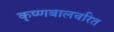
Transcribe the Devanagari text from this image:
कृष्णबालचरित